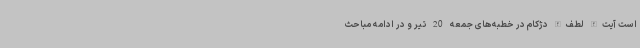
است آیت‌الله لطف‌الله دژکام در خطبه‌های جمعه 20 تیر و در ادامه مباحث